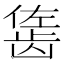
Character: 𬺇